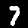
Digit: 7